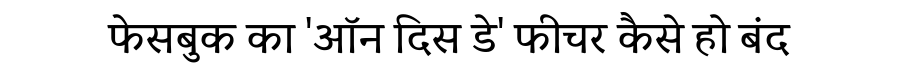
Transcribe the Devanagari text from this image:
फेसबुक का 'ऑन दिस डे' फीचर कैसे हो बंद